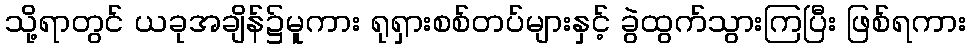
သို့ရာတွင် ယခုအချိန်၌မူကား ရုရှားစစ်တပ်များနှင့် ခွဲထွက်သွားကြပြီး ဖြစ်ရကား